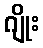
ဂျိုး